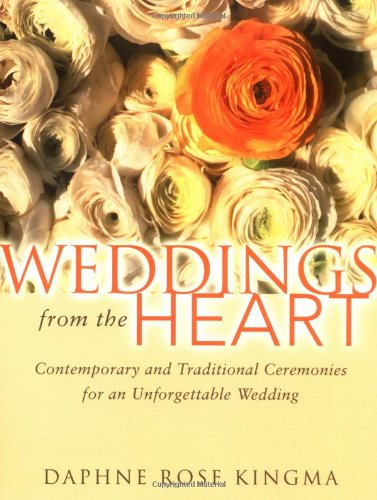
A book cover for Weddings from the Heart: Contemporary and Traditional Ceremonies for an Unforgettable Wedding; Daphne Rose Kingma; Crafts, Hobbies & Home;